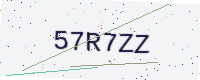
Text: 57R7ZZ